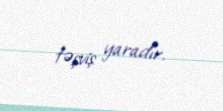
təşviş yaradır.